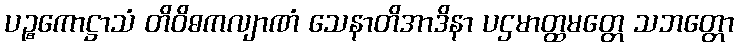
ပဉ္စကောဋ္ဌာသံ တိဝိဓကလျာဏံ သေနာတိအာဒိနာ ပဌမာတ္ထမတ္တေ သဘတ္တော